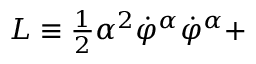
L \equiv \frac { _ 1 } { ^ 2 } \alpha ^ { 2 } \dot { \varphi } ^ { \alpha } \dot { \varphi } ^ { \alpha } +